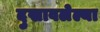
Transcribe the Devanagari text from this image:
दुखावलेल्या